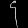
Digit: ၄